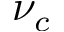
\nu _ { c }